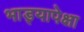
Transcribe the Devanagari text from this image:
भाड्यापेक्षा